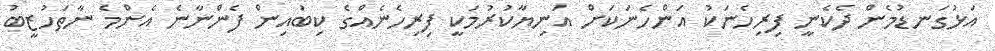
އަޅުގަނޑުމެން ދެކެނީ ފިރިހެނަކު އަންހެނަކަށް އަނިޔާކުރުމަކީ ފިރިހެނެއްގެ ކިބައިން ފެންނާނެ އެންމެ ނާތަހުޒީބު